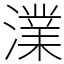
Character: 澲